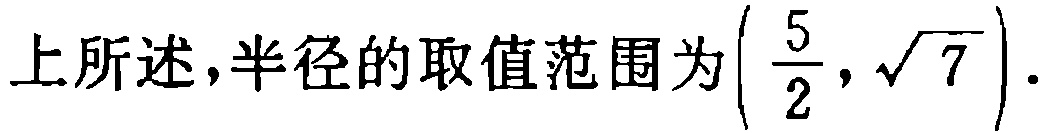
综上所述，半径的取值范围为$\left(\dfrac{5}{2},\sqrt{7}\right)$.